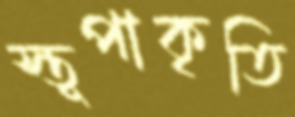
স্তূপাকৃতি